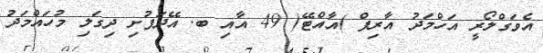
އެވަގްލޯރީ އަހްމަދު އާރިފް )އާއްޓޭ( 49 އާއި ބ. އޭދަފުށި ދިގަލި މުހައްމަދު